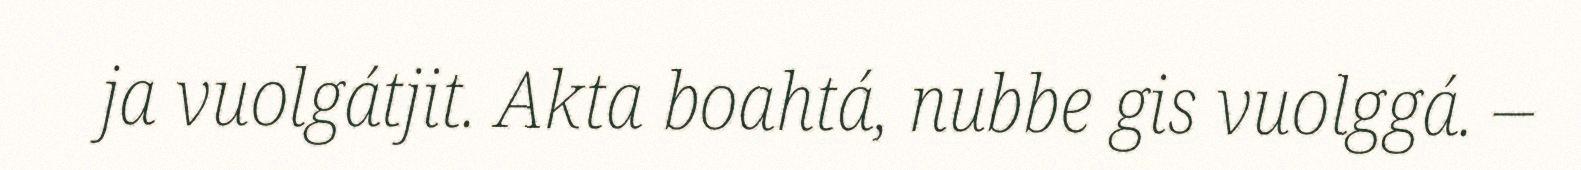
ja vuolgátjit. Akta boahtá, nubbe gis vuolggá. –